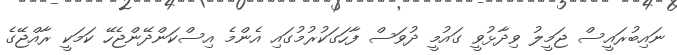
ނައިބުރައީސް ޖަމީލު ވިދާޅުވީ ގައުމީ ދުވަސް ފާހަގަކުރުމުގައި އެންމެ އިސްކަންދޭންޖެހޭ ކަމަކީ ރާއްޖޭގެ